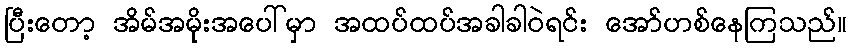
ပြီးတော့ အိမ်အမိုးအပေါ်မှာ အထပ်ထပ်အခါခါဝဲရင်း အော်ဟစ်နေကြသည်။